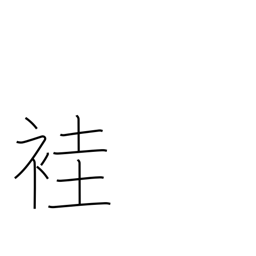
Meaning: ancient ordinary kimono